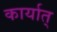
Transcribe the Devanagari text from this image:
कार्यात्